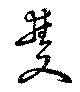
雙